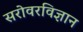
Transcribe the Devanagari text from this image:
सरोवरविज्ञान